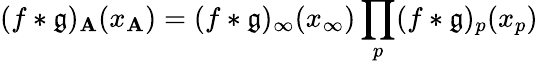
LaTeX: (f\ast\mathfrak{g})_{\mathbf{A}}(x_{\mathbf{A}})=(f\ast\mathfrak{g})_{\infty}(x_{\infty})\prod_{p}(f\ast\mathfrak{g})_{p}(x_{p})